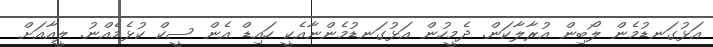
އަޅުގަނޑުމެން ލޯބިން އުރާލާކަން. ދެމީހުން އަޅުގަނޑުމެންނާއެކީ ހައިޑް އެން ސީކް ކުޅެމެއްނު. ލީއާއަށް